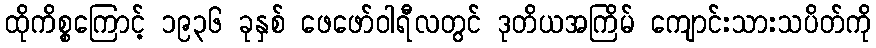
ထိုကိစ္စကြောင့် ၁၉၃၆ ခုနှစ် ဖေဖော်ဝါရီလတွင် ဒုတိယအကြိမ် ကျောင်းသားသပိတ်ကို